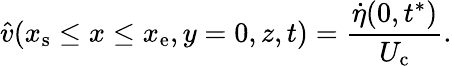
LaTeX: \hat{v}(x_{\mathrm{s}}\le x\le x_{\mathrm{e}},y=0,z,t)=\frac{\dot{\eta}(0,t^{*})}{U_{\mathrm{c}}}.